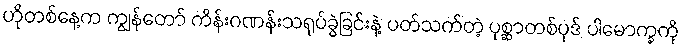
ဟိုတစ်နေ့က ကျွန်တော် ကိန်းဂဏန်းသရုပ်ခွဲခြင်းနဲ့ ပတ်သက်တဲ့ ပုစ္ဆာတစ်ပုဒ် ပါမောက္ခကို